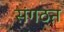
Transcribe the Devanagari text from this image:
संगठऩ